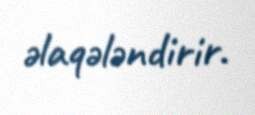
əlaqələndirir.